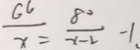
\frac { G 6 } { x } = \frac { 8 0 } { x - 2 } - 1 .